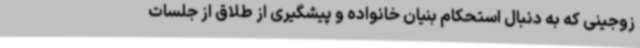
زوجینی که به دنبال استحکام بنیان خانواده و پیشگیری از طلاق از جلسات